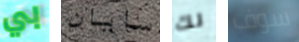
بي سايان لك سوف